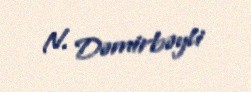
N. Dəmirbəyli